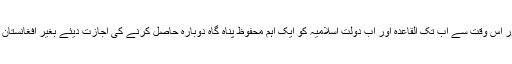
ہم نے 2002 میں اپنے مقصد میں کامیابی حاصل کر لی اور اس وقت سے اب تک القاعدہ اور اب دولت اسلامیہ کو ایک اہم محفوظ پناہ گاہ دوبارہ حاصل کرنے کی اجازت دیئے بغیر افغانستان چھوڑنے کی راہیں تلاش کرنے کی جدوجہد میں لگے ہیں ۔